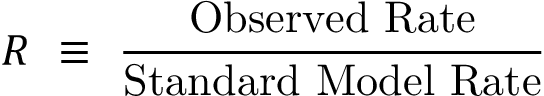
R ~ \equiv ~ \frac { \mathrm { O b s e r v e d ~ R a t e } } { \mathrm { S t a n d a r d ~ M o d e l ~ R a t e } }